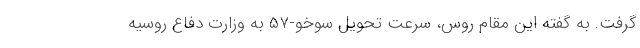
گرفت. به گفته این مقام روس، سرعت تحویل سوخو-۵۷ به وزارت دفاع روسیه